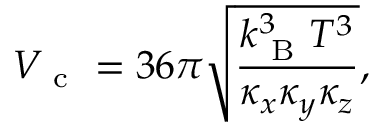
V _ { \mathrm { ~ c ~ } } = 3 6 \pi \sqrt { \frac { k _ { \mathrm { ~ B ~ } } ^ { 3 } T ^ { 3 } } { \kappa _ { x } \kappa _ { y } \kappa _ { z } } } ,